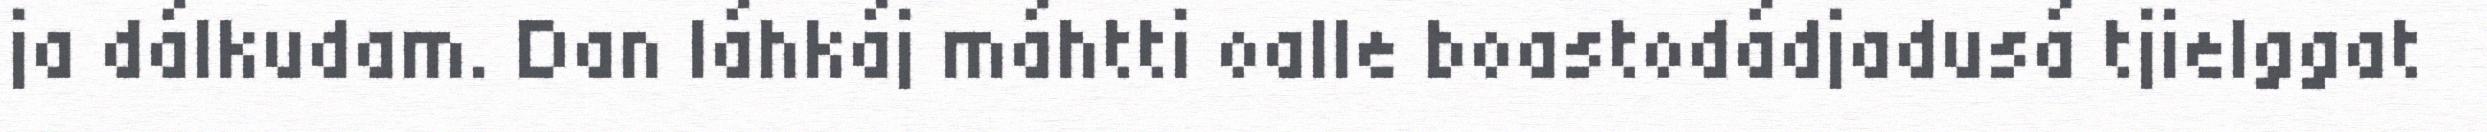
ja dálkudam. Dan láhkáj máhtti oalle boastodádjadusá tjielggat